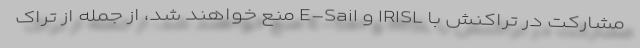
مشارکت در تراکنش با IRISL و E-Sail منع خواهند شد، از جمله از تراک